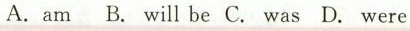
A.am B.will be C.was D.were